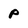
Character: P